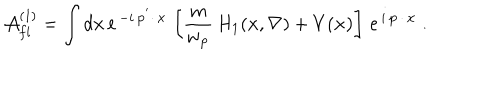
{ \cal A } _ { f i } ^ { ( 1 ) } = \int d { \bf x \, } \mathrm { e } ^ { \, - i \, { \bf p } ^ { ^ { \prime } } { \bf \cdot \, x } } \, \left[ \frac { m } { w _ { { \bf p } } } \, H _ { 1 } ( { \bf x } , { \bf \nabla } ) + V ( { \bf x ) } \right] \, \mathrm { e } ^ { \, i \, { \bf p \, \cdot \, x } } \; .